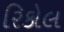
રિકોલ